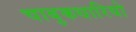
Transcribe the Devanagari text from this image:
चाबुकधारियो